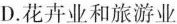
D. 花卉业和旅游业